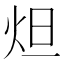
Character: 炟